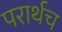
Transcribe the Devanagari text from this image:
परार्थच